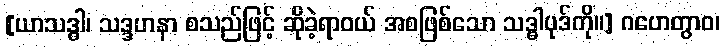
[ယာသဒ္ဓါ၊ သဒ္ဒဟနာ စသည်ဖြင့် ဆိုခဲ့ရာဝယ် အစဖြစ်သော သဒ္ဓါပုဒ်ကို။] ဂဟေတွာဝ၊